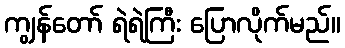
ကျွန်တော် ရဲရဲကြီး ပြောလိုက်မည်။